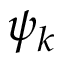
\psi _ { k }